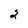
Character: 2